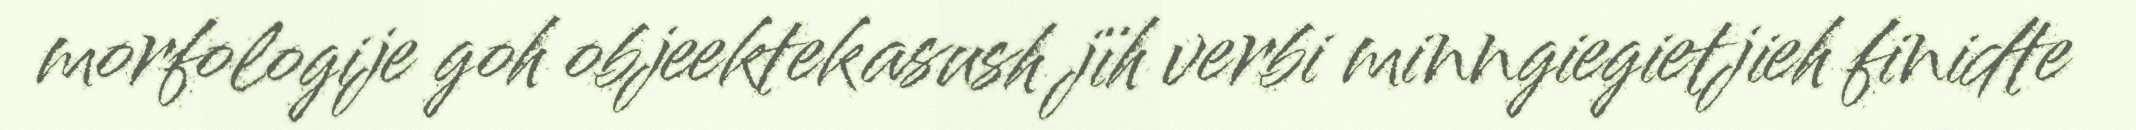
morfologije goh objeektekasush jïh verbi minngiegietjieh finidte